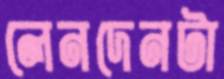
লেনদেনটা